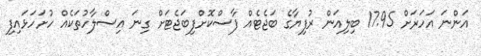
އަންނަ އަހަރަށް 17.95 ބިލިއަން ރުފިޔާގެ ބަޖެޓެއް ފާސްކޮށްފިބަޖެޓަށް ގިނަ އިސްލާހުތަކެއް ހުށަހަޅައިފި